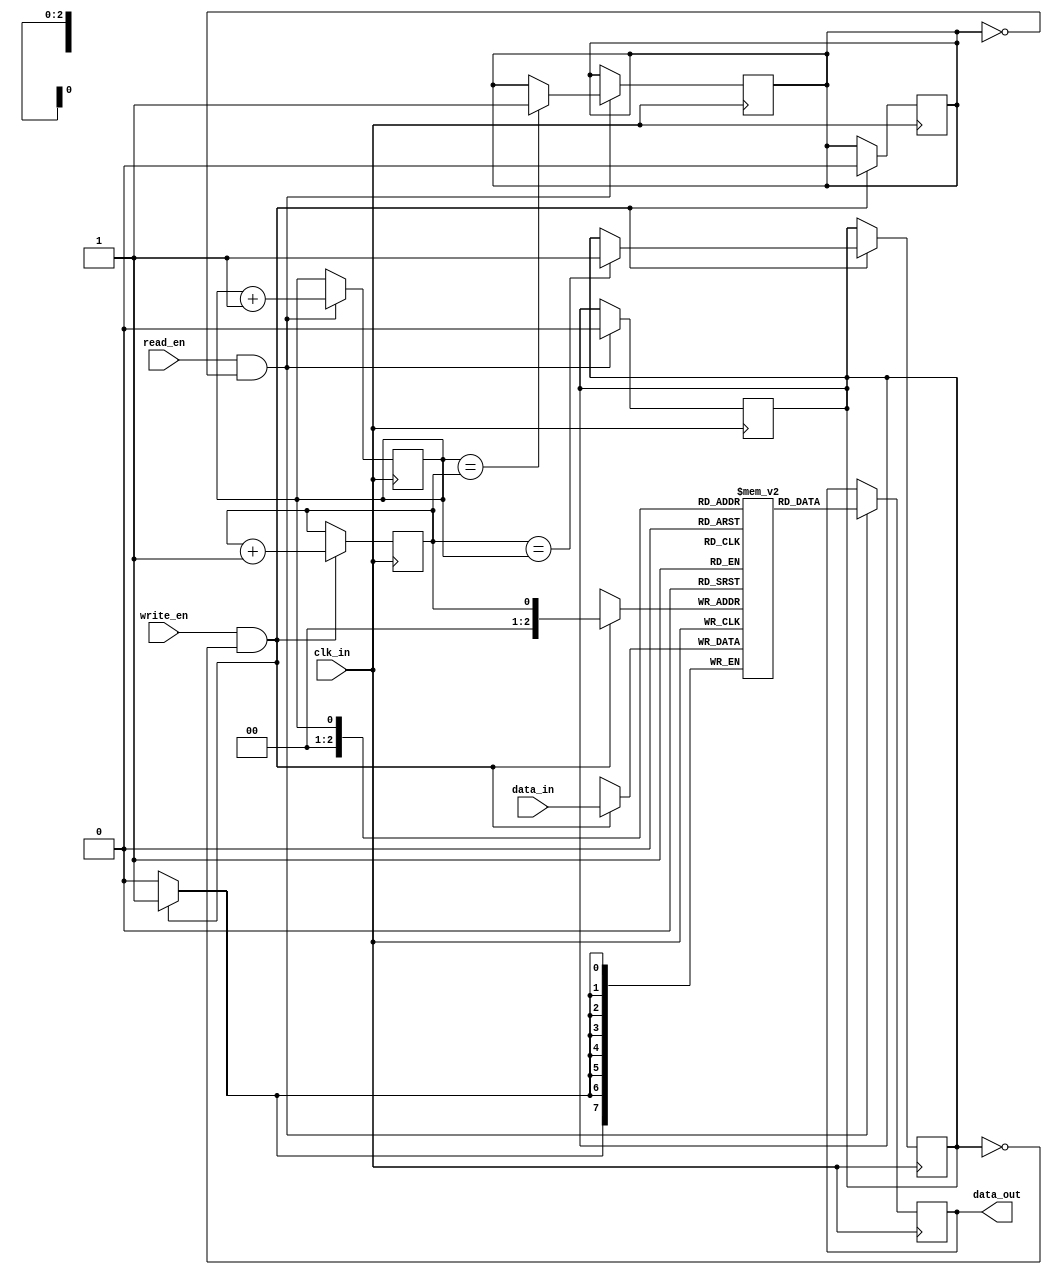
module last_word_fifo (
    input clk_in,                // Input clock signal
    input [7:0] data_in,         // Input data signal
    input write_en,              // Write enable signal
    input read_en,               // Read enable signal
    output reg [7:0] data_out    // Output data signal
);

reg [7:0] buffer [0:7];         // FIFO buffer with 8 words
reg head = 0;                   // Head pointer for write operation
reg tail = 0;                   // Tail pointer for read operation
reg full = 0;                   // Full flag for buffer
reg empty = 1;                  // Empty flag for buffer

// Write operation
always @(posedge clk_in) begin
    if (write_en && !full) begin
        buffer[head] <= data_in;
        head <= head + 1;
        if (head == 8) head <= 0;
        empty <= 0;
        if (head == tail) full <= 1;
    end
end

// Read operation
always @(posedge clk_in) begin
    if (read_en && !empty) begin
        data_out <= buffer[tail];
        tail <= tail + 1;
        if (tail == 8) tail <= 0;
        full <= 0;
        if (tail == head) empty <= 1;
    end
end

endmodule